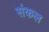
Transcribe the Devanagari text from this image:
संकल